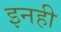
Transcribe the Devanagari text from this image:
इनही